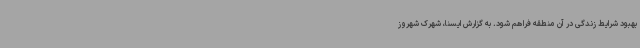
بهبود شرایط زندگی در آن منطقه فراهم شود. به گزارش ایسنا، شهرک شهروز